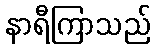
နာရီကြာသည်